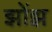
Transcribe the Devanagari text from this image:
झोंझ